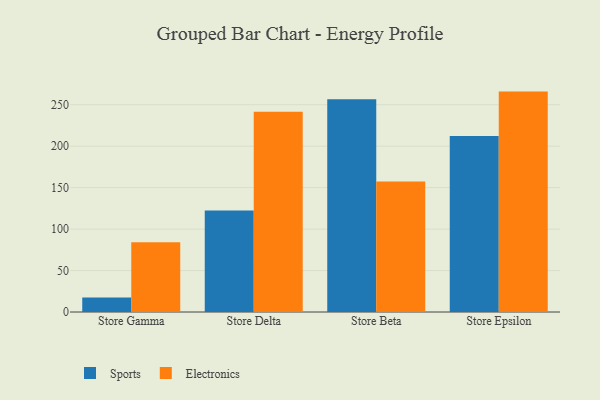
{"axis": {"x": "Store", "y": "Gross Profit (USD K)"}, "legend": ["Electronics", "Sports"], "data": [{"x": "Store Gamma", "y": 17.5, "type": "Sports"}, {"x": "Store Gamma", "y": 84.1, "type": "Electronics"}, {"x": "Store Delta", "y": 122.3, "type": "Sports"}, {"x": "Store Delta", "y": 241.4, "type": "Electronics"}, {"x": "Store Beta", "y": 256.6, "type": "Sports"}, {"x": "Store Beta", "y": 157.4, "type": "Electronics"}, {"x": "Store Epsilon", "y": 212.2, "type": "Sports"}, {"x": "Store Epsilon", "y": 265.8, "type": "Electronics"}]}